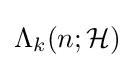
\Lambda _{k}(n;{\mathcal {H}})